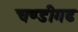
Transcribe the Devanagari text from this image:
चण्‍डीगढ